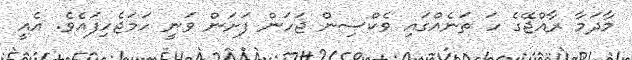
މާދަމާ ރާއްޖޭގެ ހަ ތަނެއްގައި ވެކްސިން ޖަހަން ފަށަން ވަނީ ހަމަޖެހިފައެވެ. އެއީ